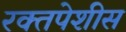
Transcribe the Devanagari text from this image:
रक्तपेशीस